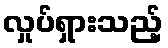
လှုပ်ရှားသည့်